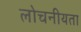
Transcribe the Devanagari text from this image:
लोचनीयता